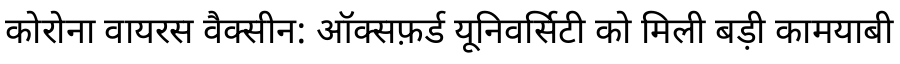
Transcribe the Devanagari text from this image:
कोरोना वायरस वैक्सीन: ऑक्सफ़र्ड यूनिवर्सिटी को मिली बड़ी कामयाबी